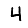
Digit: 4